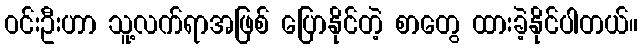
ဝင်းဦးဟာ သူ့လက်ရာအဖြစ် ပြောနိုင်တဲ့ စာတွေ ထားခဲ့နိုင်ပါတယ်။